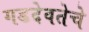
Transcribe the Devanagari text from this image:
गडदेवतेचे